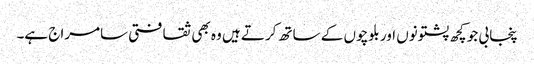
پنجابی جو کچھ پشتونوں اور بلوچوں کے ساتھ کرتے ہیں وہ بھی ثقافتی سامراج ہے۔